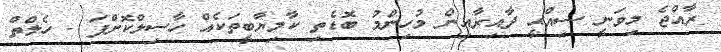
ރާއްޖެ މިވަނީ ސިއްޙީ ދާއިރާއިން މުހިންމު ބޮޑެތި ކާމިޔާބީތަކެއް ހާސިލްކޮށްފަ - ހެލްތް